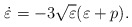
\begin{align*}\dot{\varepsilon}=-3\sqrt{\varepsilon }(\varepsilon +p). \end{align*}